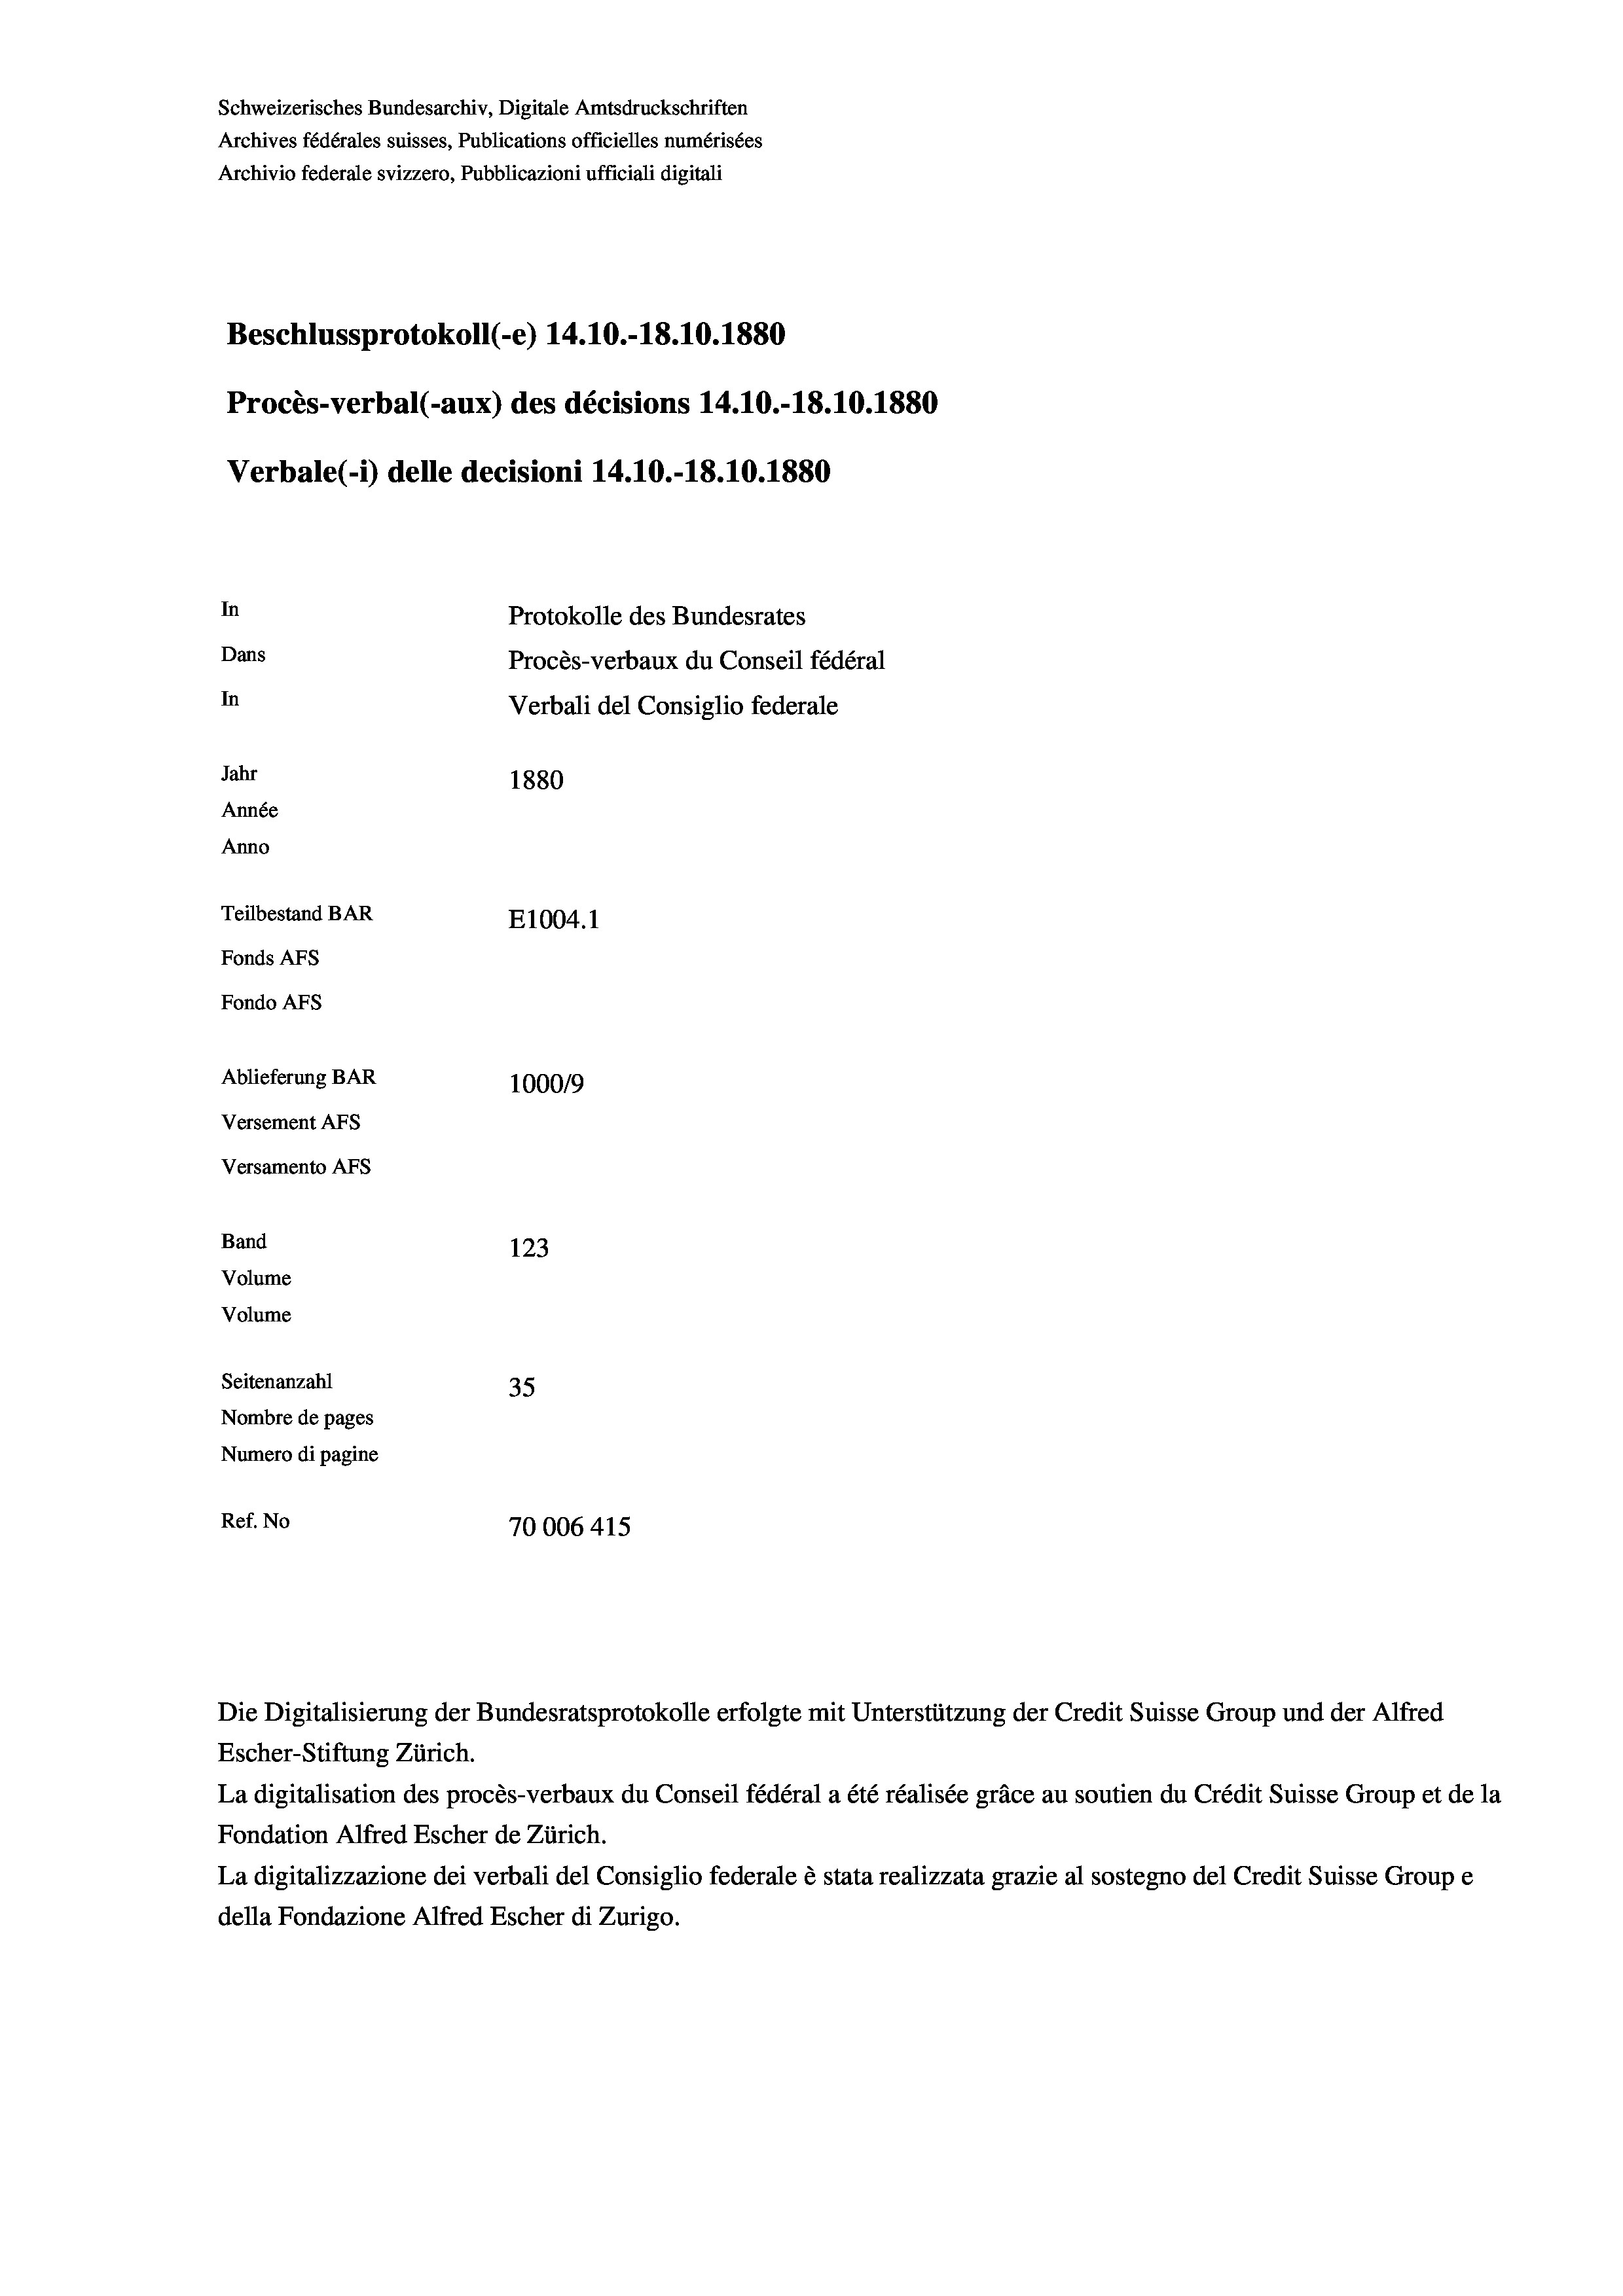
Schweizerisches Bundesarchiv, Digitale Amtsdruckschriften
Archives fédérales suisses, Publications officielles numérisées
Archivio federale svizzero, Pubblicazioni ufficiali digitali
Beschlussprotokoll (-e) 14.10.-18.10.1880
Procès-verbal (-aux) des décisions 14.10.-18.10.1880
Verbale(-*) delle decisioni 14.10.-18.10.1880
In
Protokolle des Bundesrates
Dans
Procès-verbaux du Conseil fédéral
In
Verbali del Consiglio federale
Jahr
1880
Année
Anno
Teilbestand BAR
E1004. 1
Fonds AFs
Fondo AFS
Ablieferung BAR
100019
Versement AFs
Versamento Afs
Band
123
Volume

Volume

Seitenanzahl
35
Nombre de pages
Numero di pagine
Ref. No
70006 415

Die Digitalisierung der Bundesratsprotokolle erfolgte mit Unterstützung der Credit Suisse Group und der Alfred
Escher-Stiftung Zürich.
La digitalisation des procès-verbaux du Conseil fédéral a été réalisée gräce au soutien du Crédit Suisse Group et de la
Fondation Alfred Escher de Zürich.
La digitalizzazione dei verbali del Consiglio federale è stata realizzata grazie al sostegno del Credit Suisse Groupe
della Fondazione Alfred Escher di Zurigo.